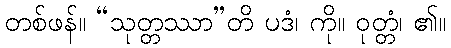
တစ်ဖန်။ “သုတ္တဿာ”တိ ပဒံ၊ ကို။ ဝုတ္တံ၊ ၏။